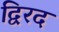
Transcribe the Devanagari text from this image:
द्विरद